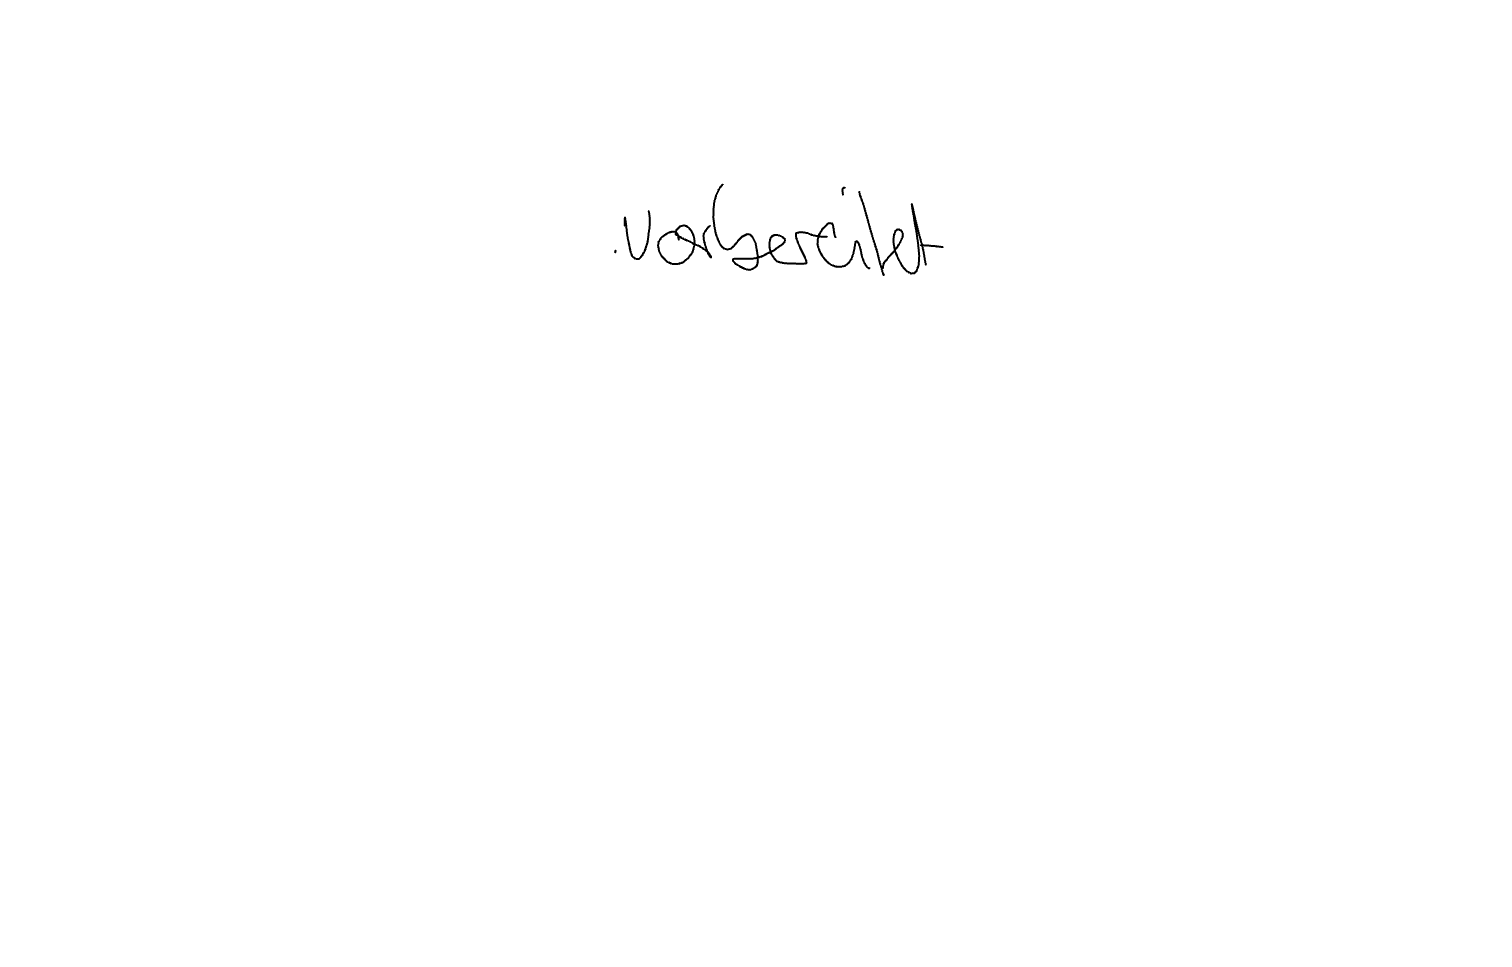
Text: vorbereitet